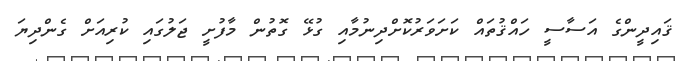
ޤައިދީންގެ އަސާސީ ހައްޤުތައް ކަށަވަރުކޮށްދިނުމާއި ގުޅޭ ގޮތުން މާފުށީ ޖަލުގައި ކުރިއަށް ގެންދިޔަ